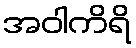
အဝါကိရိ